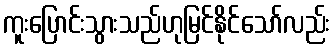
ကူးပြောင်းသွားသည်ဟုမြင်နိုင်သော်လည်း